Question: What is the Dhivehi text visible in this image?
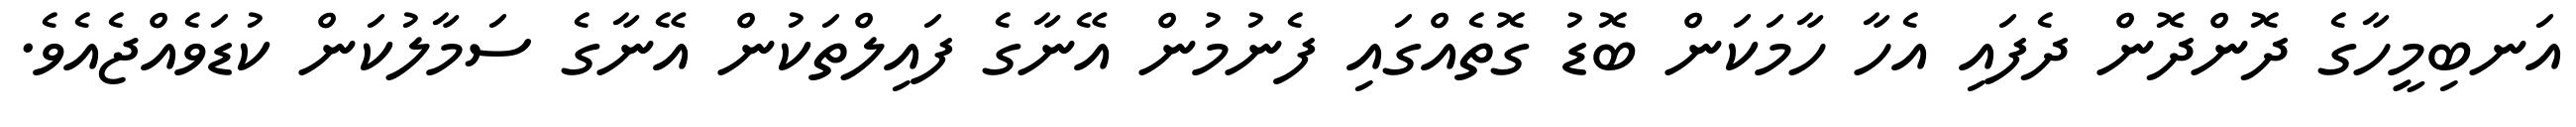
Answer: އަނބިމީހާގެ ދޮންދޮން ދެފައި އެހާ ހާމަކަން ބޮޑު ގޮތެއްގައި ފެނުމުން އޭނާގެ ފައިލްތަކުން އޭނާގެ ސަމާލުކަން ކުޑަވެއްޖެއެވެ.